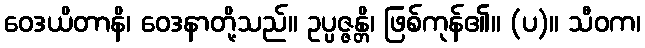
ဝေဒယိတာနိ၊ ဝေဒနာတို့သည်။ ဥပ္ပဇ္ဇန္တိ၊ ဖြစ်ကုန်၏။ (ပ)။ သီဝက၊